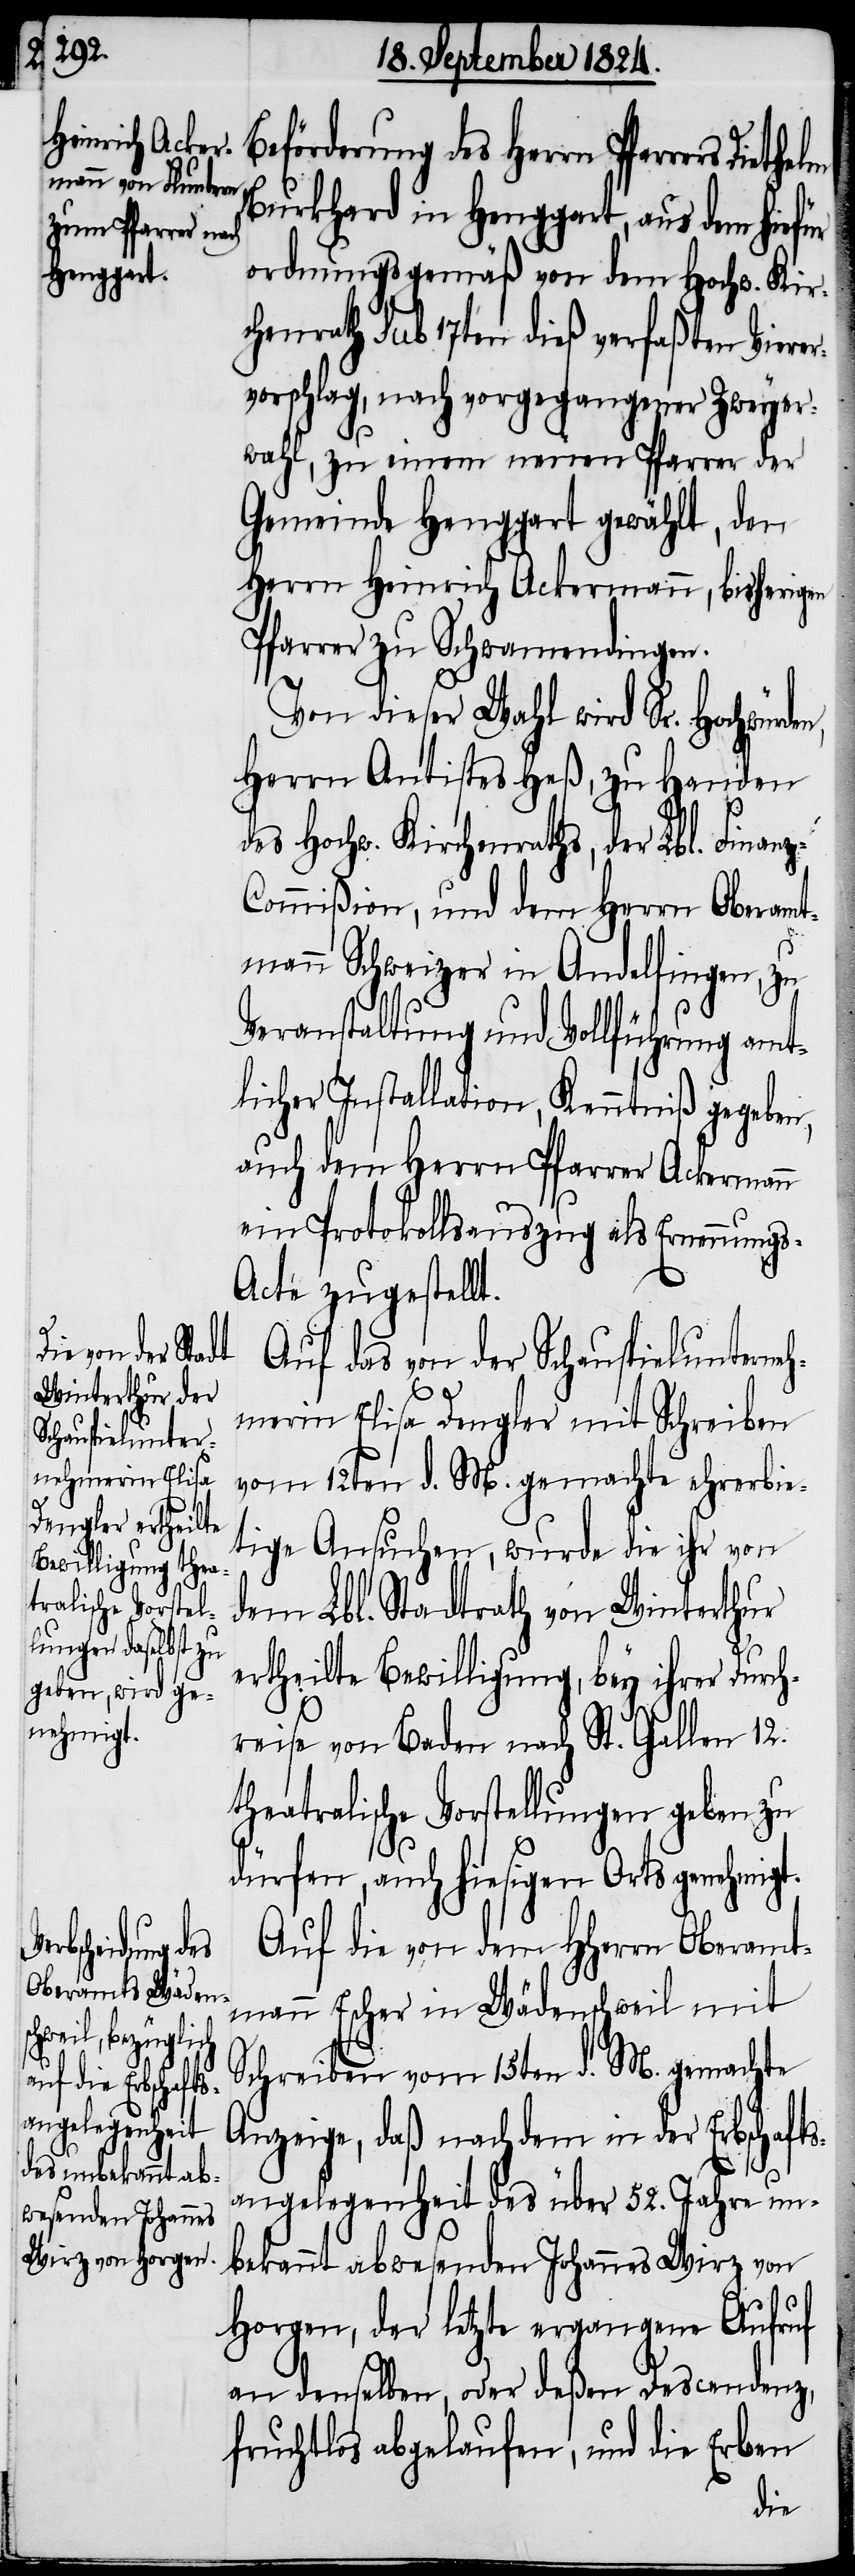
n,

inanz-C¬

Beförderung des Herrn Pfarrers
Burkhard in Henggart, aus dem hiefür
ordnungsgemäß von dem Hochw. Kir¬
chenrath sub 17ten dieß verfaßten Vierer¬
vorschlag, nach vorgegangener Zweyer¬
wahl, zu einem neuen Pfarrer der
Gemeinde Henggart gewählt, den
Herrn Heinrich Ackermann, bisherigen
Pfarrer zu Schwamendingen.
Von dieser Wahl wird Sr. Hochwürde¬
Herrn Antistes Heß, zu Handen
des Hochw. Kirchenrathes, der Lbl. F¬
ommißion, und dem Herrn Oberamt¬
mann Schweizer in Andelfingen, zu
Veranstaltung und Vollführung amt¬
licher Installation, Kenntniß gegeben,
auch dem Herrn Pfarrer Ackermann
ein Protokollsauszug als Ernennung¬
s-Acte zugestellt.
Auf das von der Schauspielunterne¬
hmerin Elisa Dengler mit Schreiben
vom 12ten d. M. gemachte ehrerbie¬
tige Ansuchen, wurde die ihr von
dem Lbl. Stadtrath von Winterthur
ertheilte Bewilligung, bey ihrer Durch¬
reise von Baden nach St. Gallen 12.
theatralische Vorstellungen geben zu
dürfen, auch hiesigen Orts genehmigt.
Auf die von dem HHerrn Oberamt¬
mann Escher in Wädenschweil mit
Schreiben vom 15ten d. M. gemachte
Anzeige, daß nachdem in der Erbschafts¬
angelegenheit des über 52. Jahre un¬
bekannt abwesenden Johannes Wirz von
Horgen, der letzte ergangene Aufruf
an denselben, oder deßen Descendenz,
fruchtlos abgelaufen, und die Erben